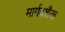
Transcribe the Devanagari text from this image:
मार्गदशैक